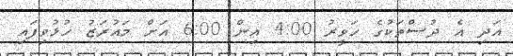
އަދި އެ ދުސްތަކުގެ ހަވީރު 4:00 އިން 6:00 އަށް މައުރަޒު ހުޅުވިފައި